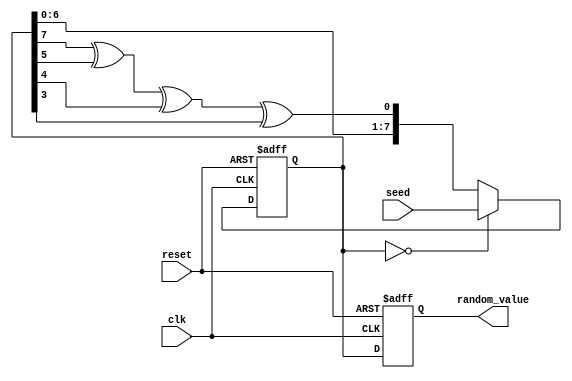
module RandomInitialization #(
    parameter WIDTH = 8 // Width of the random value output
)(
    input wire clk,
    input wire reset,
    input wire [WIDTH-1:0] seed, // Optional seed input
    output reg [WIDTH-1:0] random_value
);

    // Internal register for LFSR
    reg [WIDTH-1:0] lfsr;

    // LFSR feedback polynomial (example for 8-bit LFSR: x^8 + x^6 + x^5 + x^4 + 1)
    wire feedback = lfsr[7] ^ lfsr[5] ^ lfsr[4] ^ lfsr[3];

    always @(posedge clk or posedge reset) begin
        if (reset) begin
            // Reset state
            lfsr <= {WIDTH{1'b0}}; // Initialize LFSR to 0
            random_value <= {WIDTH{1'b0}}; // Default output value
        end else begin
            // Random value generation
            if (lfsr == {WIDTH{1'b0}}) begin
                lfsr <= seed; // Initialize LFSR with seed if it's zero
            end else begin
                lfsr <= {lfsr[WIDTH-2:0], feedback}; // Shift and feedback
            end
            random_value <= lfsr; // Update output with current LFSR value
        end
    end

endmodule